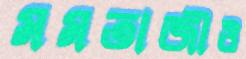
মমতাজীও